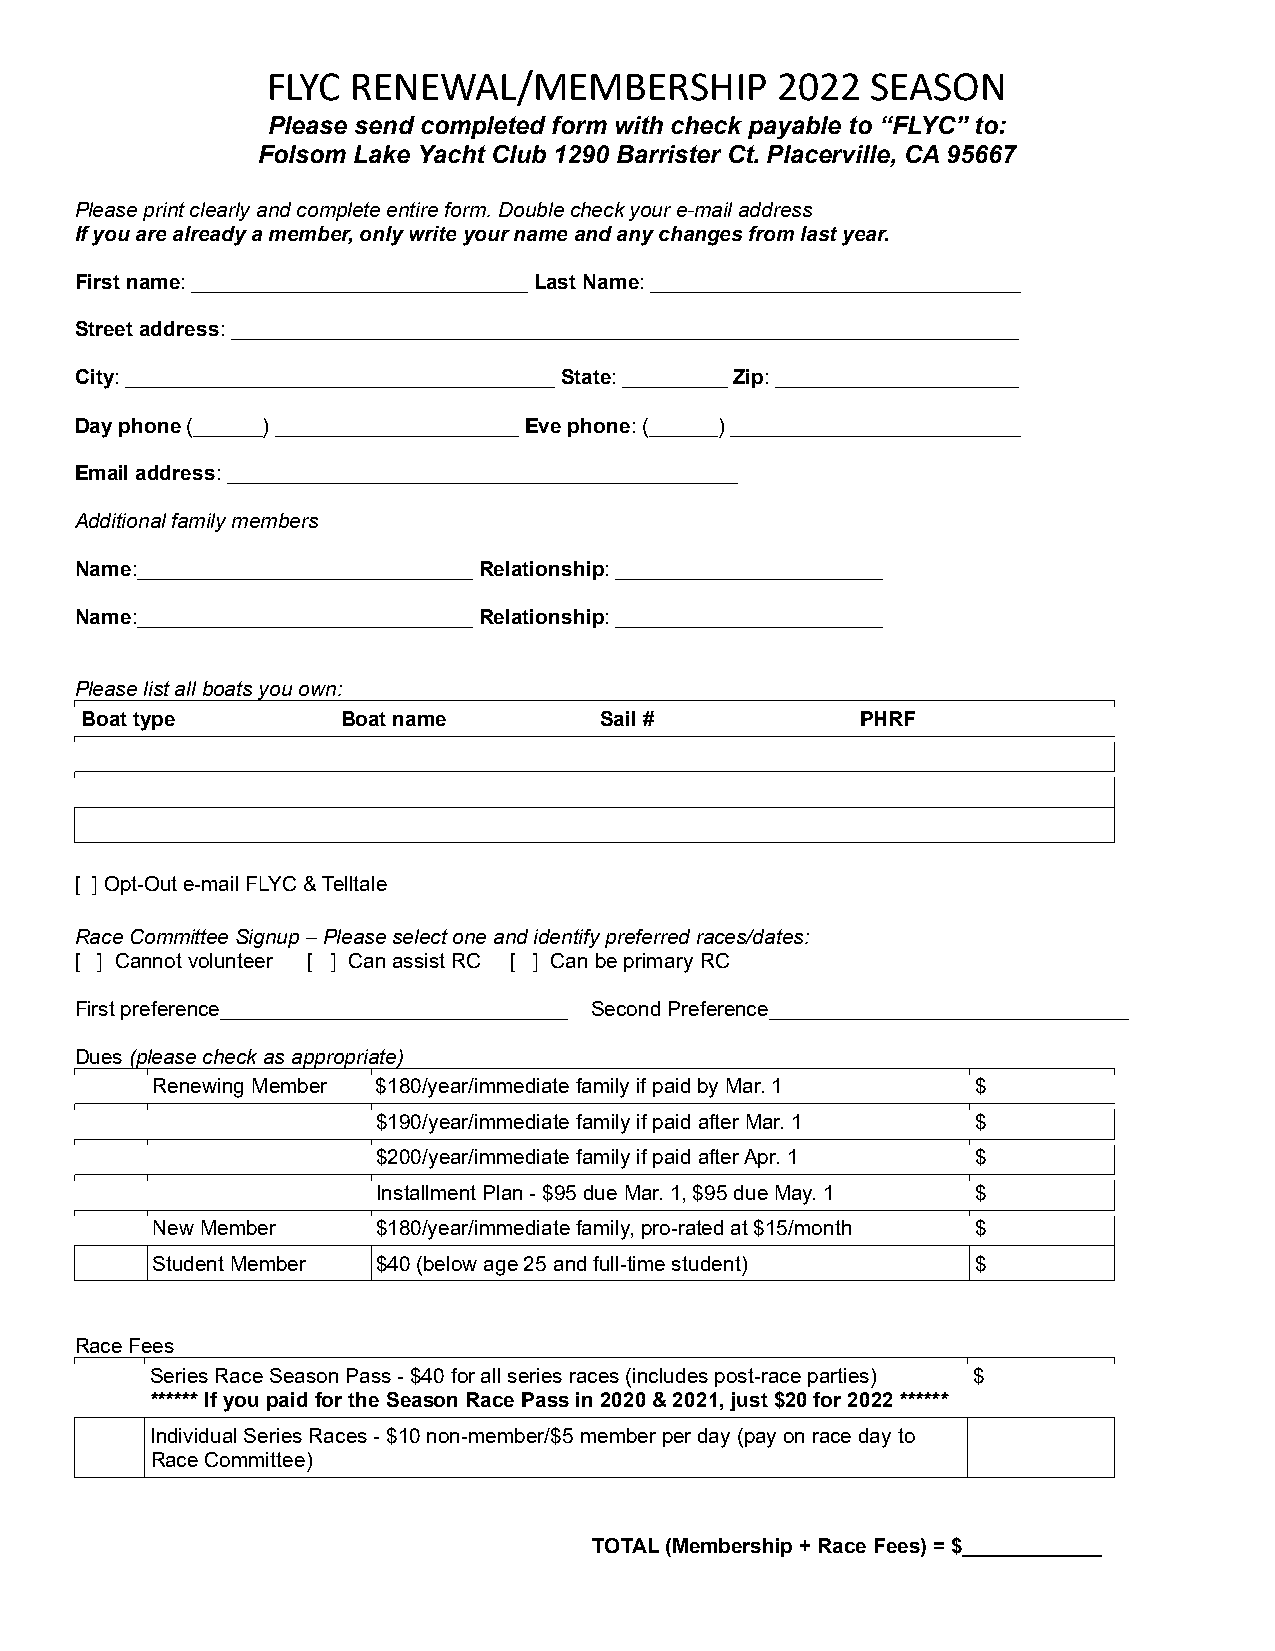
FLYC RENEWAL/MEMBERSHIP          2022   SEASON
 Please send completed form with check payable to “FLYC” to:
 Folsom Lake Yacht Club 1290 Barrister Ct. Placerville, CA 95667
 Please print clearly and complete entire form. Double check your e-mail address
 If you are already a member, only write your name and any changes from last year.
 First name: _____________________________ Last Name: ________________________________
 Street address: ____________________________________________________________________
 City: _____________________________________ State: _________ Zip: _____________________
 Day phone (______) _____________________ Eve phone: (______) _________________________
 Email address: ____________________________________________
 Additional family members
 Name:_____________________________ Relationship: _______________________
 Name:_____________________________ Relationship: _______________________
 Please list all boats you own:
 Boat type         Boat name        Sail #           PHRF
 [ ] Opt-Out e-mail FLYC & Telltale
 Race Committee Signup – Please select one and identify preferred races/dates:
 [ ] Cannot volunteer [ ] Can assist RC [ ] Can be primary RC
 First preference______________________________ Second Preference_______________________________
 Dues (please check as appropriate)
 Renewing Member $180/year/immediate family if paid by Mar. 1 $
 $190/year/immediate family if paid after Mar. 1 $
 $200/year/immediate family if paid after Apr. 1 $
 Installment Plan - $95 due Mar. 1, $95 due May. 1 $
 New Member     $180/year/immediate family, pro-rated at $15/month $
 Student Member $40 (below age 25 and full-time student) $
 Race Fees
 Series Race Season Pass - $40 for all series races (includes post-race parties) $
 ****** If you paid for the Season Race Pass in 2020 & 2021, just $20 for 2022 ******
 Individual Series Races - $10 non-member/$5 member per day (pay on race day to
 Race Committee)
 TOTAL (Membership + Race Fees) = $____________